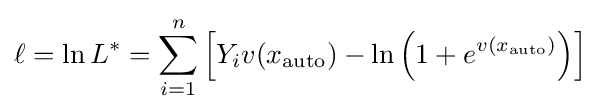
\ell =\ln L^{*}=\sum _{i=1}^{n}\left[Y_{i}v(x_{\text{auto}})-\ln \left(1+e^{v(x_{\text{auto}})}\right)\right]